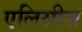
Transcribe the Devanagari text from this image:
एलिसीज़